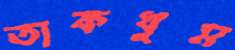
তাকধুম